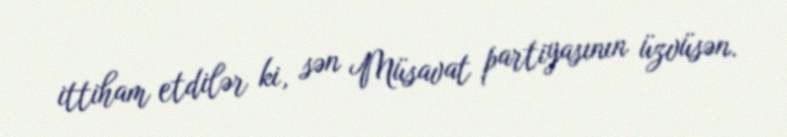
ittiham etdilər ki, sən Müsavat partiyasının üzvüsən.